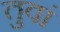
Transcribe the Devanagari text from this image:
तुवां